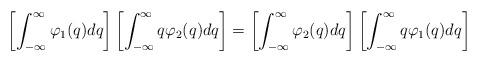
LaTeX: \begin{align*}\left[\int_{-\infty}^{\infty}\varphi_{1}(q)dq\right]\left[\int_{-\infty}^{\infty}q\varphi_{2}(q)dq\right] = \left[\int_{-\infty}^{\infty}\varphi_{2}(q)dq\right]\left[\int_{-\infty}^{\infty}q\varphi_{1}(q)dq\right]\end{align*}